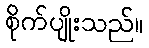
စိုက်ပျိုးသည်။